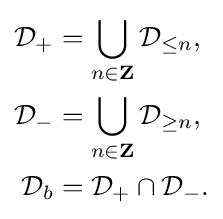
{\begin{aligned}{\mathcal {D}}_{+}&=\bigcup _{n\in \mathbf {Z} }{\mathcal {D}}_{\leq n},\\{\mathcal {D}}_{-}&=\bigcup _{n\in \mathbf {Z} }{\mathcal {D}}_{\geq n},\\{\mathcal {D}}_{b}&={\mathcal {D}}_{+}\cap {\mathcal {D}}_{-}.\end{aligned}}